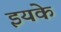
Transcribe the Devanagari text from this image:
इयके